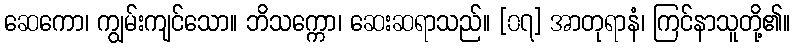
ဆေကော၊ ကျွမ်းကျင်သော။ ဘိသက္ကော၊ ဆေးဆရာသည်။ [၀၇] အာတုရာနံ၊ ကြင်နာသူတို့၏။